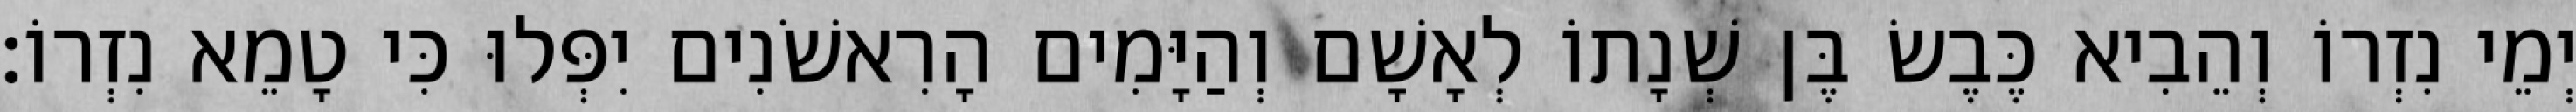
יְמֵי נִזְרוֹ וְהֵבִיא כֶּבֶשׂ בֶּן שְׁנָתוֹ לְאָשָׁם וְהַיָּמִים הָרִאשֹׁנִים יִפְּלוּ כִּי טָמֵא נִזְרוֹ׃